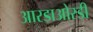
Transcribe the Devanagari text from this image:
आरडाओरडी